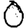
Digit: 0